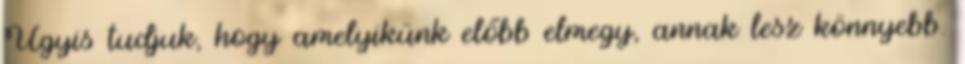
Úgyis tudjuk, hogy amelyikünk előbb elmegy, annak lesz könnyebb.